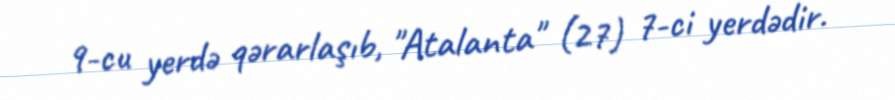
9-cu yerdə qərarlaşıb, "Atalanta" (27) 7-ci yerdədir.